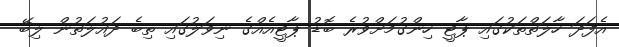
އެފަދަ ހާލަތްތަކުގައި ޕާޓީ ހިންގުމަށްވުރެ ބޮޑު ޕާޓީއެއްގެ ނިވަލުގައި ތިބެ ދައުލަތުން ލިބޭ